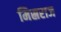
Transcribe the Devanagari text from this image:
मिस्रराज